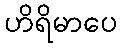
ဟိရိမာပေ